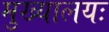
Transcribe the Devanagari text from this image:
मुख्यालयः